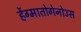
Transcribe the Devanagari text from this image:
र्हेग्मातोगेनोउस